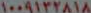
۱۰۰۹۱۳۲۸۱۸